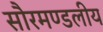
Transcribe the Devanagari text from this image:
सौरमण्डलीय